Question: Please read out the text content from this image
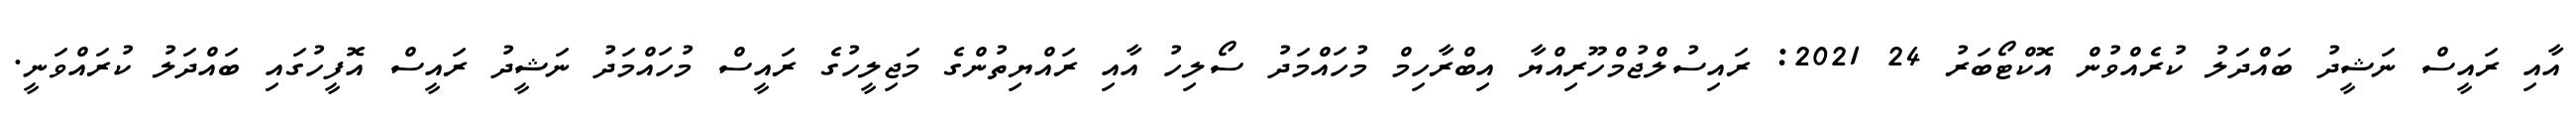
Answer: އާއި ރައީސް ނަޝީދު ބައްދަލު ކުރެއްވުން އޮކްޓޯބަރު 24 2021: ރައިސުލްޖުމްހޫރިއްޔާ އިބްރާހިމް މުހައްމަދު ސޯލިހު އާއި ރައްޔިތުންގެ މަޖިލީހުގެ ރައީސް މުހައްމަދު ނަޝީދު ރައީސް އޮފީހުގައި ބައްދަލު ކުރައްވަނީ.